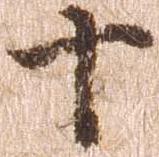
十